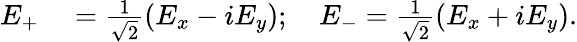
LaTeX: \begin{array}{rl}{E_{+}}&{{}=\frac{1}{\sqrt{2}}\left(E_{x}-iE_{y}\right);\quad E_{-}=\frac{1}{\sqrt{2}}\left(E_{x}+iE_{y}\right).}\end{array}